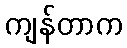
ကျန်တာက